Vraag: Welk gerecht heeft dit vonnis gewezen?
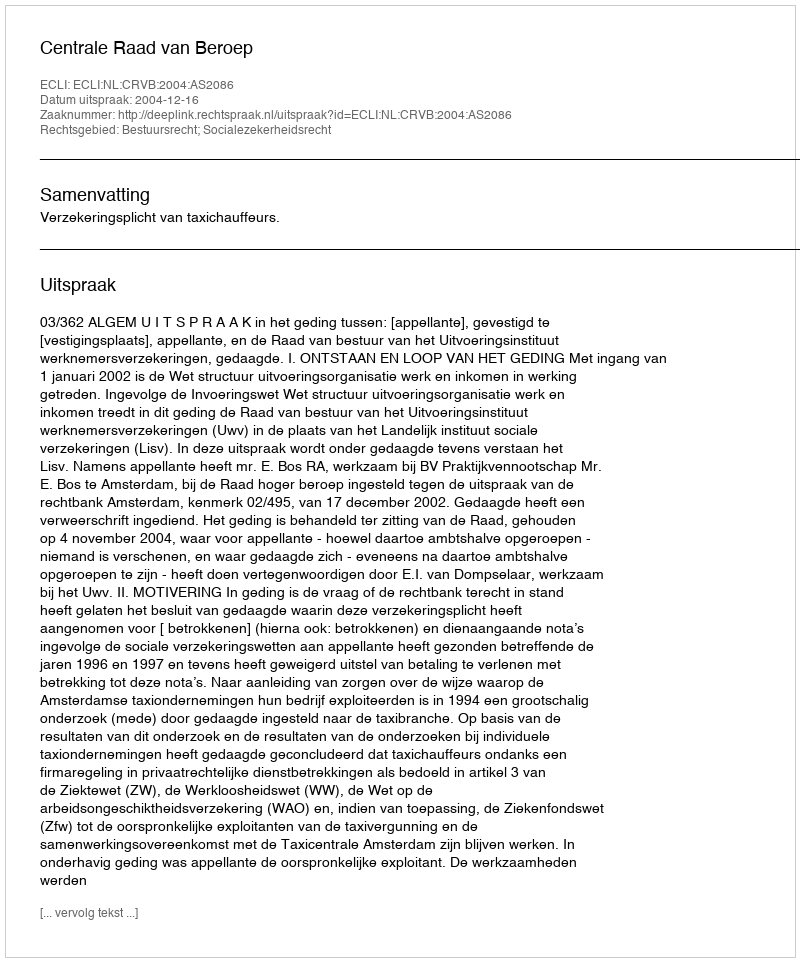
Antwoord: Centrale Raad van Beroep